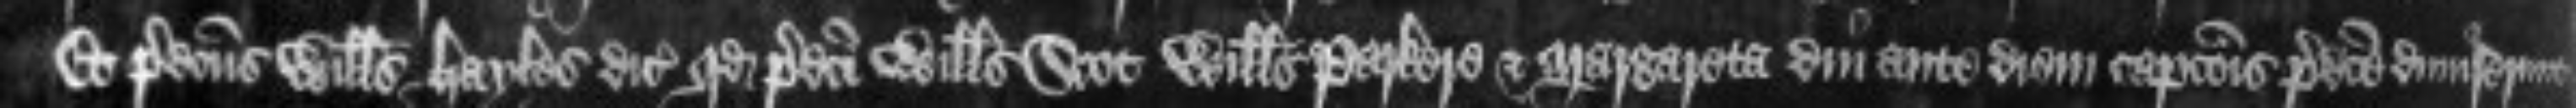
Et predictus Willelmus Hayles dicit quod predicti Willelmus Scot Willelmus Parkere et Margareta diu ante diem capcionis predicte dimiserunt